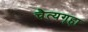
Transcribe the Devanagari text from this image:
चैत्यगृहा